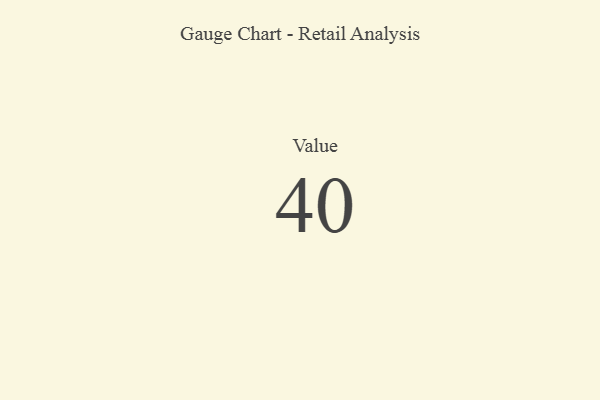
{"axis": {"x": "Metric", "y": "Value"}, "legend": [""], "data": [{"x": "Value", "y": 40, "type": ""}]}